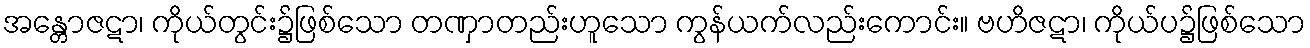
အန္တောဇဋာ၊ ကိုယ်တွင်း၌ဖြစ်သော တဏှာတည်းဟူသော ကွန်ယက်လည်းကောင်း။ ဗဟိဇဋာ၊ ကိုယ်ပ၌ဖြစ်သော